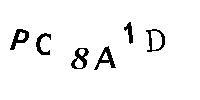
PC8A1D